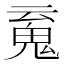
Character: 䰟